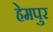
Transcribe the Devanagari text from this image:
हेमपुर